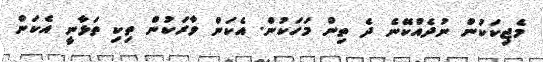
މެޖިކަކުން ނުދެއްކޭނެ ދެ ތިން މަހަކުން. އެކަން ވާރަކުން ތިކި ތަޅާނީ އެކަން